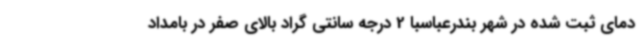
دمای ثبت شده در شهر بندرعباسبا 2 درجه سانتی گراد بالای صفر در بامداد